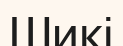
Шикі